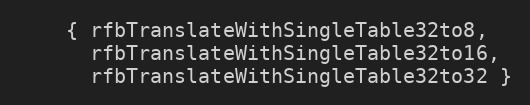
Language: C++
    { rfbTranslateWithSingleTable32to8,
      rfbTranslateWithSingleTable32to16,
      rfbTranslateWithSingleTable32to32 }